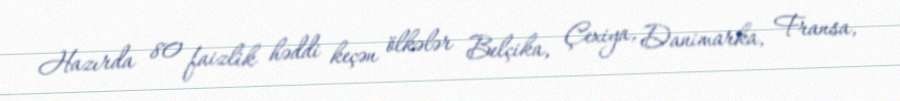
Hazırda 80 faizlik həddi keçən ölkələr Belçika, Çexiya, Danimarka, Fransa,